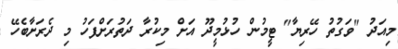
މިއަދު "ވަގުތު ހޭރިޔާ" ޓީމުން ހުޅުމީދޫ އަށް މިކުރާ ދަތުރަށްފަހު މި ދެރަށާބެހޭ